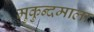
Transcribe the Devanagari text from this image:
मुकुन्दमाला